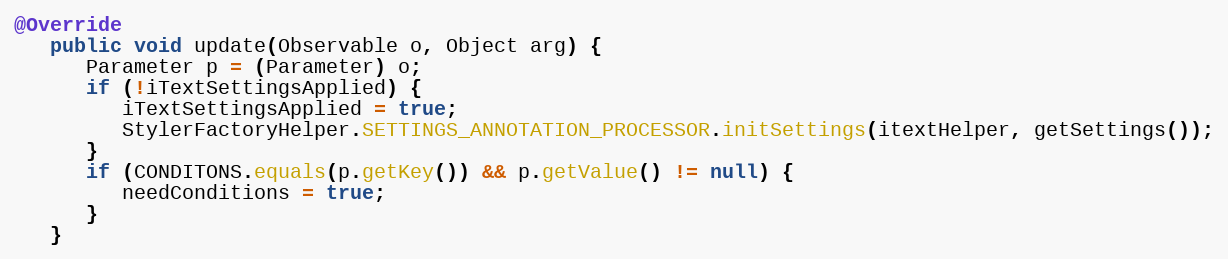
Language: Java
@Override
   public void update(Observable o, Object arg) {
      Parameter p = (Parameter) o;
      if (!iTextSettingsApplied) {
         iTextSettingsApplied = true;
         StylerFactoryHelper.SETTINGS_ANNOTATION_PROCESSOR.initSettings(itextHelper, getSettings());
      }
      if (CONDITONS.equals(p.getKey()) && p.getValue() != null) {
         needConditions = true;
      }
   }